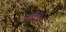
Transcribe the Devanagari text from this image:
जनतेनेच